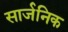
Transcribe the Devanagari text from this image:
सार्जनिक